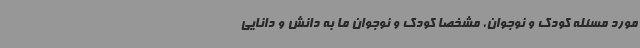
مورد مسئله کودک و نوجوان، مشخصا کودک و نوجوان ما به دانش و دانایی